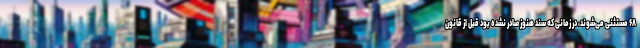
۶۸ مستثنی می‌شوند، در زمانی که سند هنوز صادر نشده بود قبل از قانون